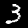
Label: 3